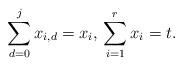
LaTeX: \begin{align*}\sum_{d = 0}^j x_{i,d} = x_i,\,\sum_{i=1}^r x_i = t.\end{align*}